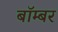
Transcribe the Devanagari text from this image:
बाॅम्बर